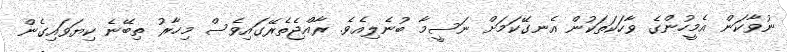
ނުވާކަން އެމީހުންގެ ވާހަކަތަކުން އެނގޭކަމަށް ނަސީމާ ބުނެލިއެވެ. ރާއްޖެތެރޭގައިވެސް މިހާރު ތިބޭނެ ކިޔަވައިގެން